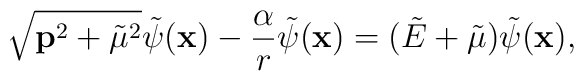
\sqrt {{\bf p}^2 + {{\tilde \mu}}^2} {\tilde \psi ({\bf x})} - {\alpha \over r}{\tilde \psi} ({\bf x}) = ({\tilde E}+{\tilde \mu}) {\tilde \psi }({\bf x}),